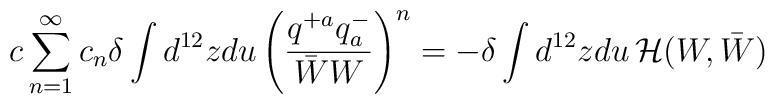
c\sum^{\infty}_{n=1} c_n \delta \int d^{12}z du\left( \frac{q^{+a}q^{-}_a }{\bar W W} \right)^n=-\delta \int d^{12}zdu\, {\cal H} (W, \bar W)